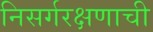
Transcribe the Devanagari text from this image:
निसर्गरक्षणाची